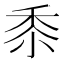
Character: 𮮑